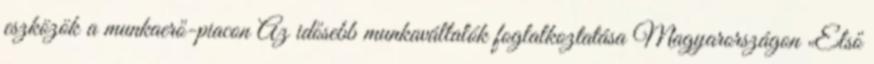
eszközök a munkaerő-piacon Az idősebb munkavállalók foglalkoztatása Magyarországon „Első